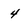
Character: 4